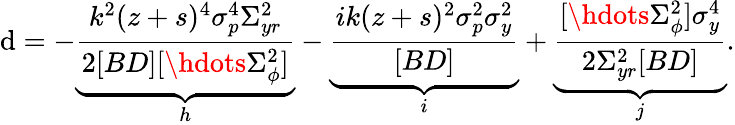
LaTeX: \mathrm{d}=-\underbrace{{\frac{{k^{2}(z+s)^{4}\sigma_{p}^{4}\Sigma_{yr}^{2}}}{{2[BD][\hdots\Sigma_{\phi}^{2}]}}}}_{h}-\underbrace{{\frac{{ik(z+s)^{2}\sigma_{p}^{2}\sigma_{y}^{2}}}{{[BD]}}}}_{i}+\underbrace{{\frac{{[\hdots\Sigma_{\phi}^{2}]\sigma_{y}^{4}}}{{2\Sigma_{yr}^{2}[BD]}}}}_{j}.